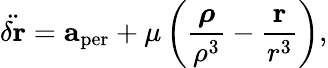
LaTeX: {\ddot{\delta\mathbf{r}}}=\mathbf{a}_{\mathrm{per}}+\mu\left({\frac{\boldsymbol{\rho}}{\rho^{3}}}-{\frac{\mathbf{r}}{r^{3}}}\right),